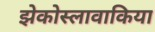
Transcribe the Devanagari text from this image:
झेकोस्लावाकिया